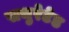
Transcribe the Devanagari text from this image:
सचुरेटेड